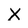
Character: X